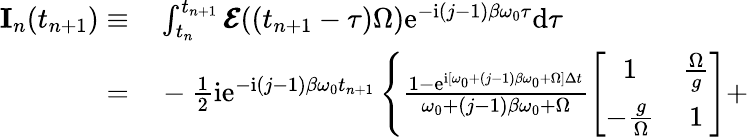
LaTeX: \begin{array}{rl}{\mathbf{I}_{n}(t_{n+1})\equiv}&{{}\int_{t_{n}}^{t_{n+1}}\pmb{\mathcal{E}}((t_{n+1}-\tau)\Omega)\mathrm{e}^{-\mathrm{i}(j-1)\beta\omega_{0}\tau}\mathrm{d}\tau}\\ {=}&{{}-\frac{1}{2}\mathrm{i}\mathrm{e}^{-\mathrm{i}(j-1)\beta\omega_{0}t_{n+1}}\left\{ \frac{1-\mathrm{e}^{\mathrm{i}[\omega_{0}+(j-1)\beta\omega_{0}+\Omega]\Delta t}}{\omega_{0}+(j-1)\beta\omega_{0}+\Omega}\left[\begin{array}{cc}{1}&{\frac{\Omega}{g}}\\ {-\frac{g}{\Omega}}&{1}\end{array}\right]+\right.}\end{array}